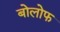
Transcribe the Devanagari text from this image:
बोलोफ